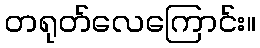
တရုတ်လေကြောင်း။